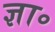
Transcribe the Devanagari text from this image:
ज्ञा॰